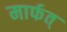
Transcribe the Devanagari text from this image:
मार्फत्‌